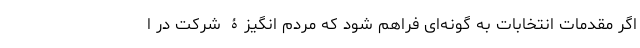
اگر مقدمات انتخابات به گونه‌ای فراهم شود که مردم انگیزۀ شرکت در ا